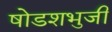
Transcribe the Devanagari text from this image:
षोडशभुजी